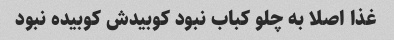
غذا اصلا به چلو کباب نبود کوبیدش کوبیده نبود